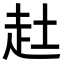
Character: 𧺔